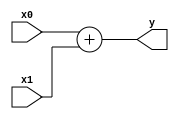

module adder(x0, x1, y);
	input [31:0] x0, x1;
	output [31:0] y;
	
	assign y = x0 + x1;
endmodule